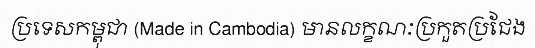
ប្រទេសកម្ពុជា (Made in Cambodia) មានលក្ខណៈប្រកួតប្រជែង